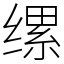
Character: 缧